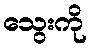
သွေးကို